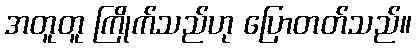
အတူတူ ကြိုက်သည်ဟု ပြောတတ်သည်။